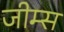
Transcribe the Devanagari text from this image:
जीम्स